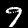
Digit: 9